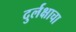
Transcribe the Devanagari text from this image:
दुर्लक्षाचा